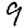
Digit: 9